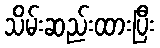
သိမ်းဆည်းထားပြီး